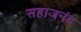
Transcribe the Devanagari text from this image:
सहाजनंद